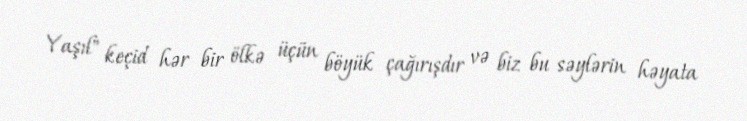
Yaşıl" keçid hər bir ölkə üçün böyük çağırışdır və biz bu səylərin həyata